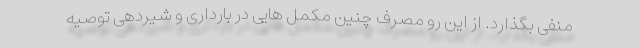
منفی بگذارد. از این رو مصرف چنین مکمل هایی در بارداری و شیردهی توصیه